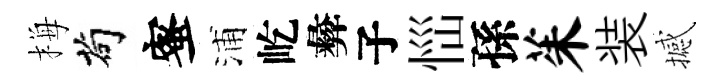
梅茍蜜浦屹彜子𢙉孫茱装撼